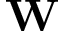
\mathbf { W }